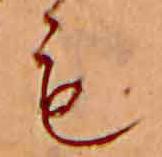
も